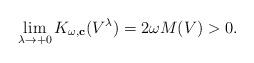
LaTeX: \begin{align*}\lim_{\lambda \rightarrow +0}K_{\omega,\mathbf{c}}(V^{\lambda})=2\omega M(V)>0.\end{align*}